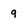
Character: 9